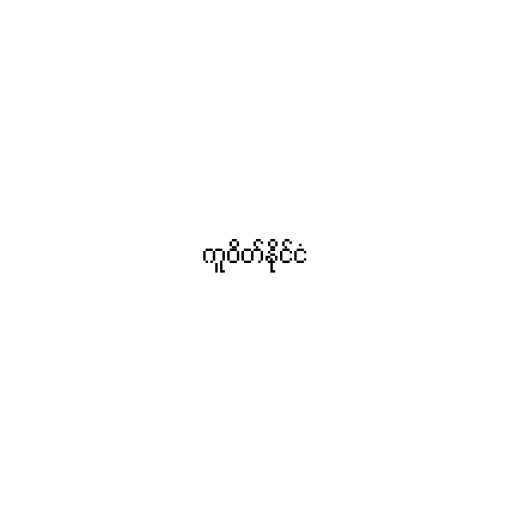
ကူဝိတ်နိုင်ငံ